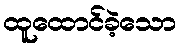
ထူထောင်ခဲ့သော